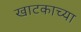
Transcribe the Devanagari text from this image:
खाटकाच्या